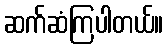
ဆက်ဆံကြပါတယ်။